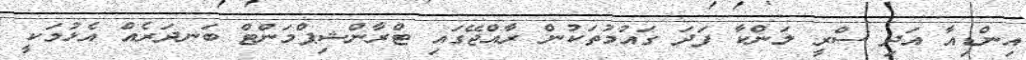
އިންޑިއާ އަދި ސްރީ ލަންކާ ފަދަ ގައުމުތަކުން ރާއްޖޭގައި ޓްރާންޝިޕްމަންޓް ބަނދަރެއް އެޅުމަކީ